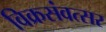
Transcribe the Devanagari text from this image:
विक्रसंवत्सर